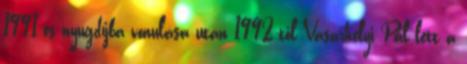
1991-es nyugdíjba vonulása után 1992-től Vásárhelyi Pál lett a